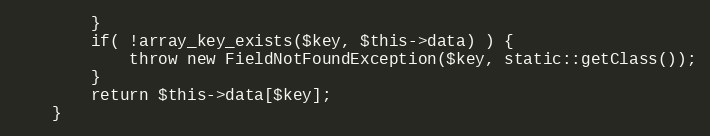
Language: PHP
		}
		if( !array_key_exists($key, $this->data) ) {
			throw new FieldNotFoundException($key, static::getClass());
		}
		return $this->data[$key];
	}